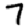
Digit: 7